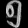
Digit: ၅